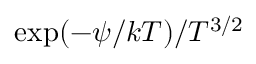
\exp ( - \psi / k T ) / T ^ { 3 / 2 }